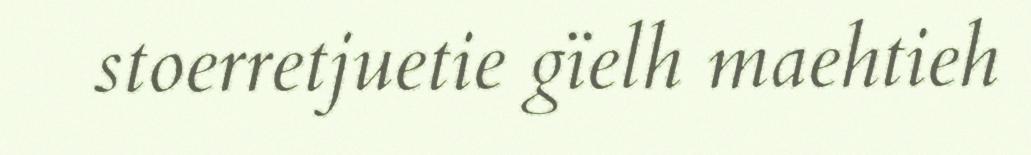
stoerretjuetie gïelh maehtieh